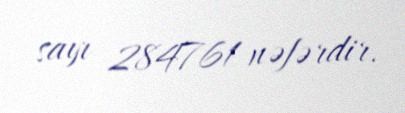
sayı 284761 nəfərdir.